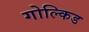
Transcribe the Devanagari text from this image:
गोल्किड